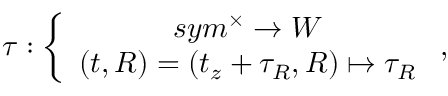
\tau : \left\{ \begin{array} { c } { { s y m ^ { \times } \rightarrow W } } \\ { { \left( t , R \right) = \left( t _ { z } + \tau _ { R } , R \right) \mapsto \tau _ { R } } } \end{array} \right. ,